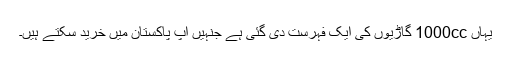
یہاں 1000cc گاڑیوں کی ایک فہرست دی گئی ہے جنہیں آپ پاکستان میں خرید سکتے ہیں۔